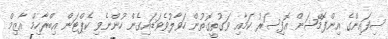
ސިފައިންގެ އިންފޮމޭޝަން އޮފިސަރު ކަމާއި ވަގުތީގޮތުން ހަވާލުވެވަޑައިގެން ހުންނެވި ކެޕްޓަން އިބްރާހިމް އާޒިމް